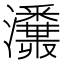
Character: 𤄪